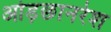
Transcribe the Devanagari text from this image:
ओड़छानरेश